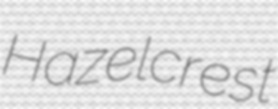
Hazelcrest